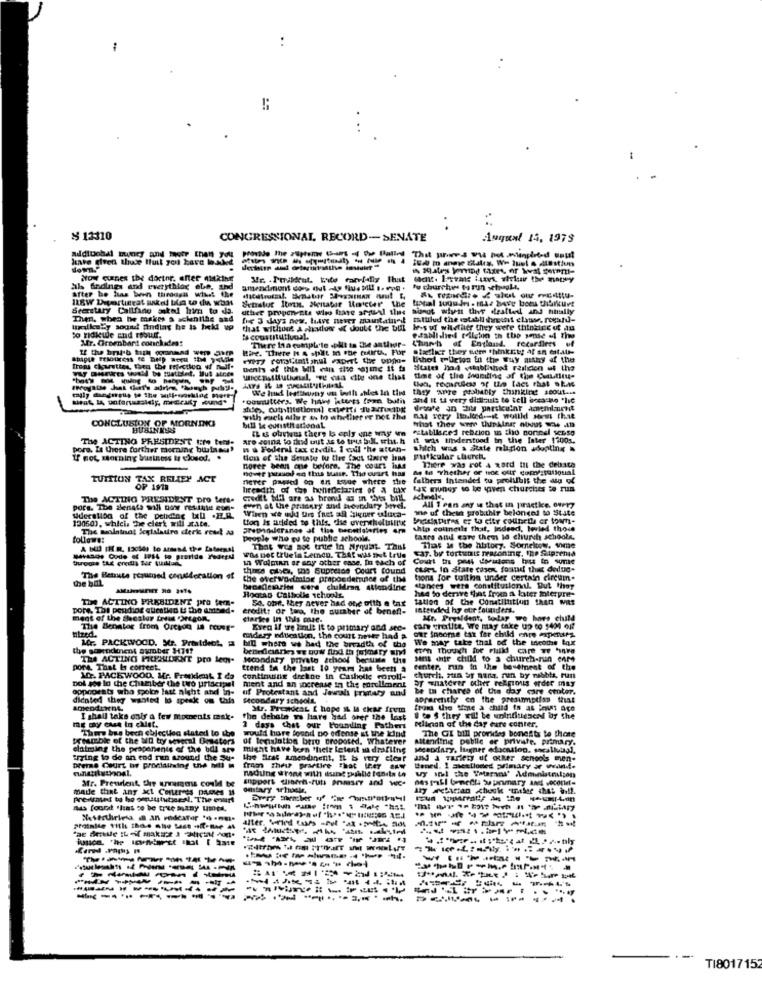
-
$ 13310
CONGRESSIONAL RECORD-SENATE
Augunt 14, 1979
I&# I agre Bilales, We luel & atestiun
Now cuines the doctor. after mitking
ah fedines and everything ebe. ahd
after he has been through what the
I18W Departierat ankeld bla w da won
detslur Itman. Henabar Matter the
Secretary Callfing asked him to da.
uther proponente who have stytal the sunut wfyn thef deatted ing hally
Then, when he makes a acheniths and
Die 3 days new, have never maustained fattilud the establishment classe. roid-
urilesly sound andias he is held up
that withise A aleslowr & doult the bui
less u witether they were thinking of an
to ridkewe and roll.
Mfr. Greenbart conchades:
There Isa complete .plit to the antiwar-
Church of England, regardless of
esabildlied tilgin th the sense of the
Hire. There H & spilt in one toflirta, For ofithier they were thinkcity of an est.tr-
Fry rotoliinti shul Papert the oppo- thol queton in the wuy many of the
Irons chourutten, then the selection of nulf.
Dents of this Will ein the fine if fs
--------
time of the founding of the CL.titu-
they are probably thanking ssout ...
CONCLUSION OF MORNING
with euch aller w to whether ve not the
naa very Ite.leed.mit wollld som that
BUSINESS
IL & ourhus there Is only one way we " tablisces resdion is tho nonnel senso
The ACTING PRESIDENT tro tem-
aro coina to diand out as to trus bol utit. h
it was Understood in the later 1200s.
pora. Ze there further morning buzinas?
na Federal tax credit. 1 cuil 'he atten- which was a Rate religion adopting
if not, soming business to cksod.
ton of the Seater tu thee faut tiwere ina particular church.
nover bean one before, The cours isas
nover passed en thas suur. The ouart has
Me to Thether er noe our com statiqual
There was rot 4 xord til the deisce
TUITION TAX RELIEY A
never passed on en tsue where the fathers Intended tu prolilbit the du of
breadth of the heniniciarirs of a tax tax mundy so ke saven churches to run
The ACTING PRESIDENT pro ters-
credit bill are as hron az in "hvis butl schnel ..
pors. The senate will now resiste eun-
even at the pridery andd toutxlury bevel.
Wiren we udu um faet af Signer aluca-
wwe uf thein probithly belonged to State
All I can any se that in practice. owery
uderston of the peliding ball . E.R.
tion Is added to this, che overwheltill'
Braciatures er to city councils er toam-
120503, whici. he clerk will state.
The walninot Segisindire derk rea a
grupomleranes at the benetlaleries ere ship colineils that, Indeed, tested those
follows:
people who eu to public schools.
tagra anil care them to church schools.
That vos sot trite in Myqust. That
caf. by tortunit reasoning. the Sliprema
That is the history. Sorneltoy, wie
Was Det truela Lemon. That was shut true
1 Wolmin or any other case. In each of
Court the past darudans hus to sume
this case, the Supretse Court found
curt In State tosex forand the dedue-
the bal
The Benuste resumed consideration of
the overvodmior prapoedernes of the
tions for tuithe under certain circum.
becellesrim cere children attending
HoctAD Calholis schools,
stances were constitutional. But tony
has to derive that froen a later Interpre-
The ACTINO PRESIDENT pro tem-
59. obr. they never had one ofth e tar
tallen of the Constitution then WAT
pore, Thi pendiog quicatkd & the ambed-
eredit? or tara, the number of benef !-
intended hy our founders.
ment of the secalar treat "Oregon,
startes In this case.
Mr. President, today we hors child
hired.
The Benalog from Orcson is (cont"
Even if tre binult It to primary and see-
can cralite. We may take up to 1434 out
Mr. PACKWOOD. Mr. President. #
midery nitication, the court never had a
our Sneome tat for child enre expenses
We may take thal of the tncoche box
the gonepdtnent awuber 3471?
bill where we had the breadth of the
though foe rulld care Te tira
THE ACTING PRESIDENT pro tech-
Secondary private school bersuite the
sans chir child to a church-run enre
pore, That Is correct.
trend In the last 10 years has been a
center, run in the basement of the
Dol joe In the Chamber the two priseranl
10. PACKWOOD, Mr. President I da
contimung deckne in Catholic coroll-
church, sua Sr Bara. run by nibbis, run
or whatever other religious erder may
opponents who spolon last night and in- uf Protestant and Jawsals primary and
ment and an increase in the coreliment
be tu chance of the day care center.
dicated they wanted to speak om this
Rtcondary schools
apparently on the presumptiss that
Str. PrendeaL i hope IL Ma char frem
froki the State a child fs as inus ace
I shall take onis a few moments mak-
the debate ws hare had over the Last
1 @ S they will be uninfluidaend by the
Thers bas been chjectieg slated to the
would hore found to odense st the kind
2 days that our Founding Fathers
Pelican of the day care conter.
The GI bill provides bonests to those
prestble of the un try several Ometers
of tensiation bero proposed. 1
sed. Whatever
Attendiini public or privile. primary.
claiming the proponents of the bdl stv
might have been their letent s draflins
secondary. hagner education. socalkucaal.
trying to de an end run around the Su-
the Erst amcodanent, It & very clear and a variety of other schools men-
Deme Caurt be proclalaing the Ml m
from The practice That Her Anw
nachung w'rone with itsing palle fenila to
Bened. 1 sieciloded primary är www.f.
Mr. Preurlent, Che urarms conM te
wy in the Waterand' Administration
made that any act Contrees panes 1
prefiraundf to be omusustuticesl. The court
nas found "lins to be true asany umed,
Neserthirless @ an redestor 's .nui.
-------
---------
---
-------
TI801715